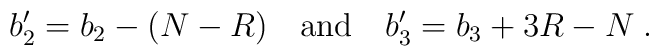
b_2'= b_2 - (N-R)\quad \mbox{and} \quad  b_3'=b_3 +3R-N\; .